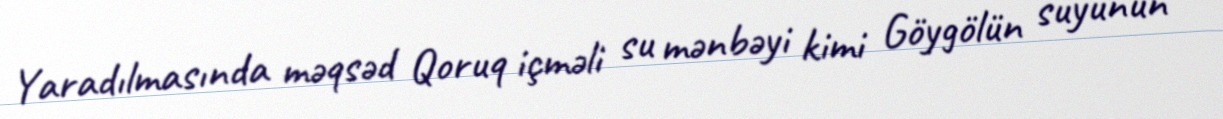
Yaradılmasında məqsəd Qoruq içməli su mənbəyi kimi Göygölün suyunun